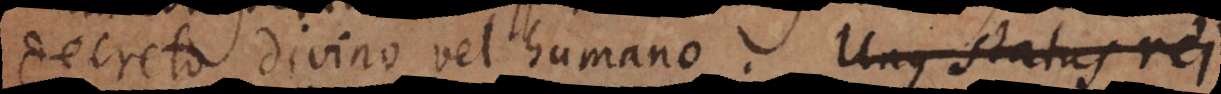
decreto divino vel humano. Unus status rei